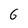
Character: 6